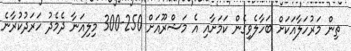
ތިން މަރުހަލާއަކަށް ބަހާލެވިގެން ކަމަށާއި އެ މަޝްރޫއަށް 250-300 މިލިއަނާ ދެމެދު ހަރަދުކުރާނެ